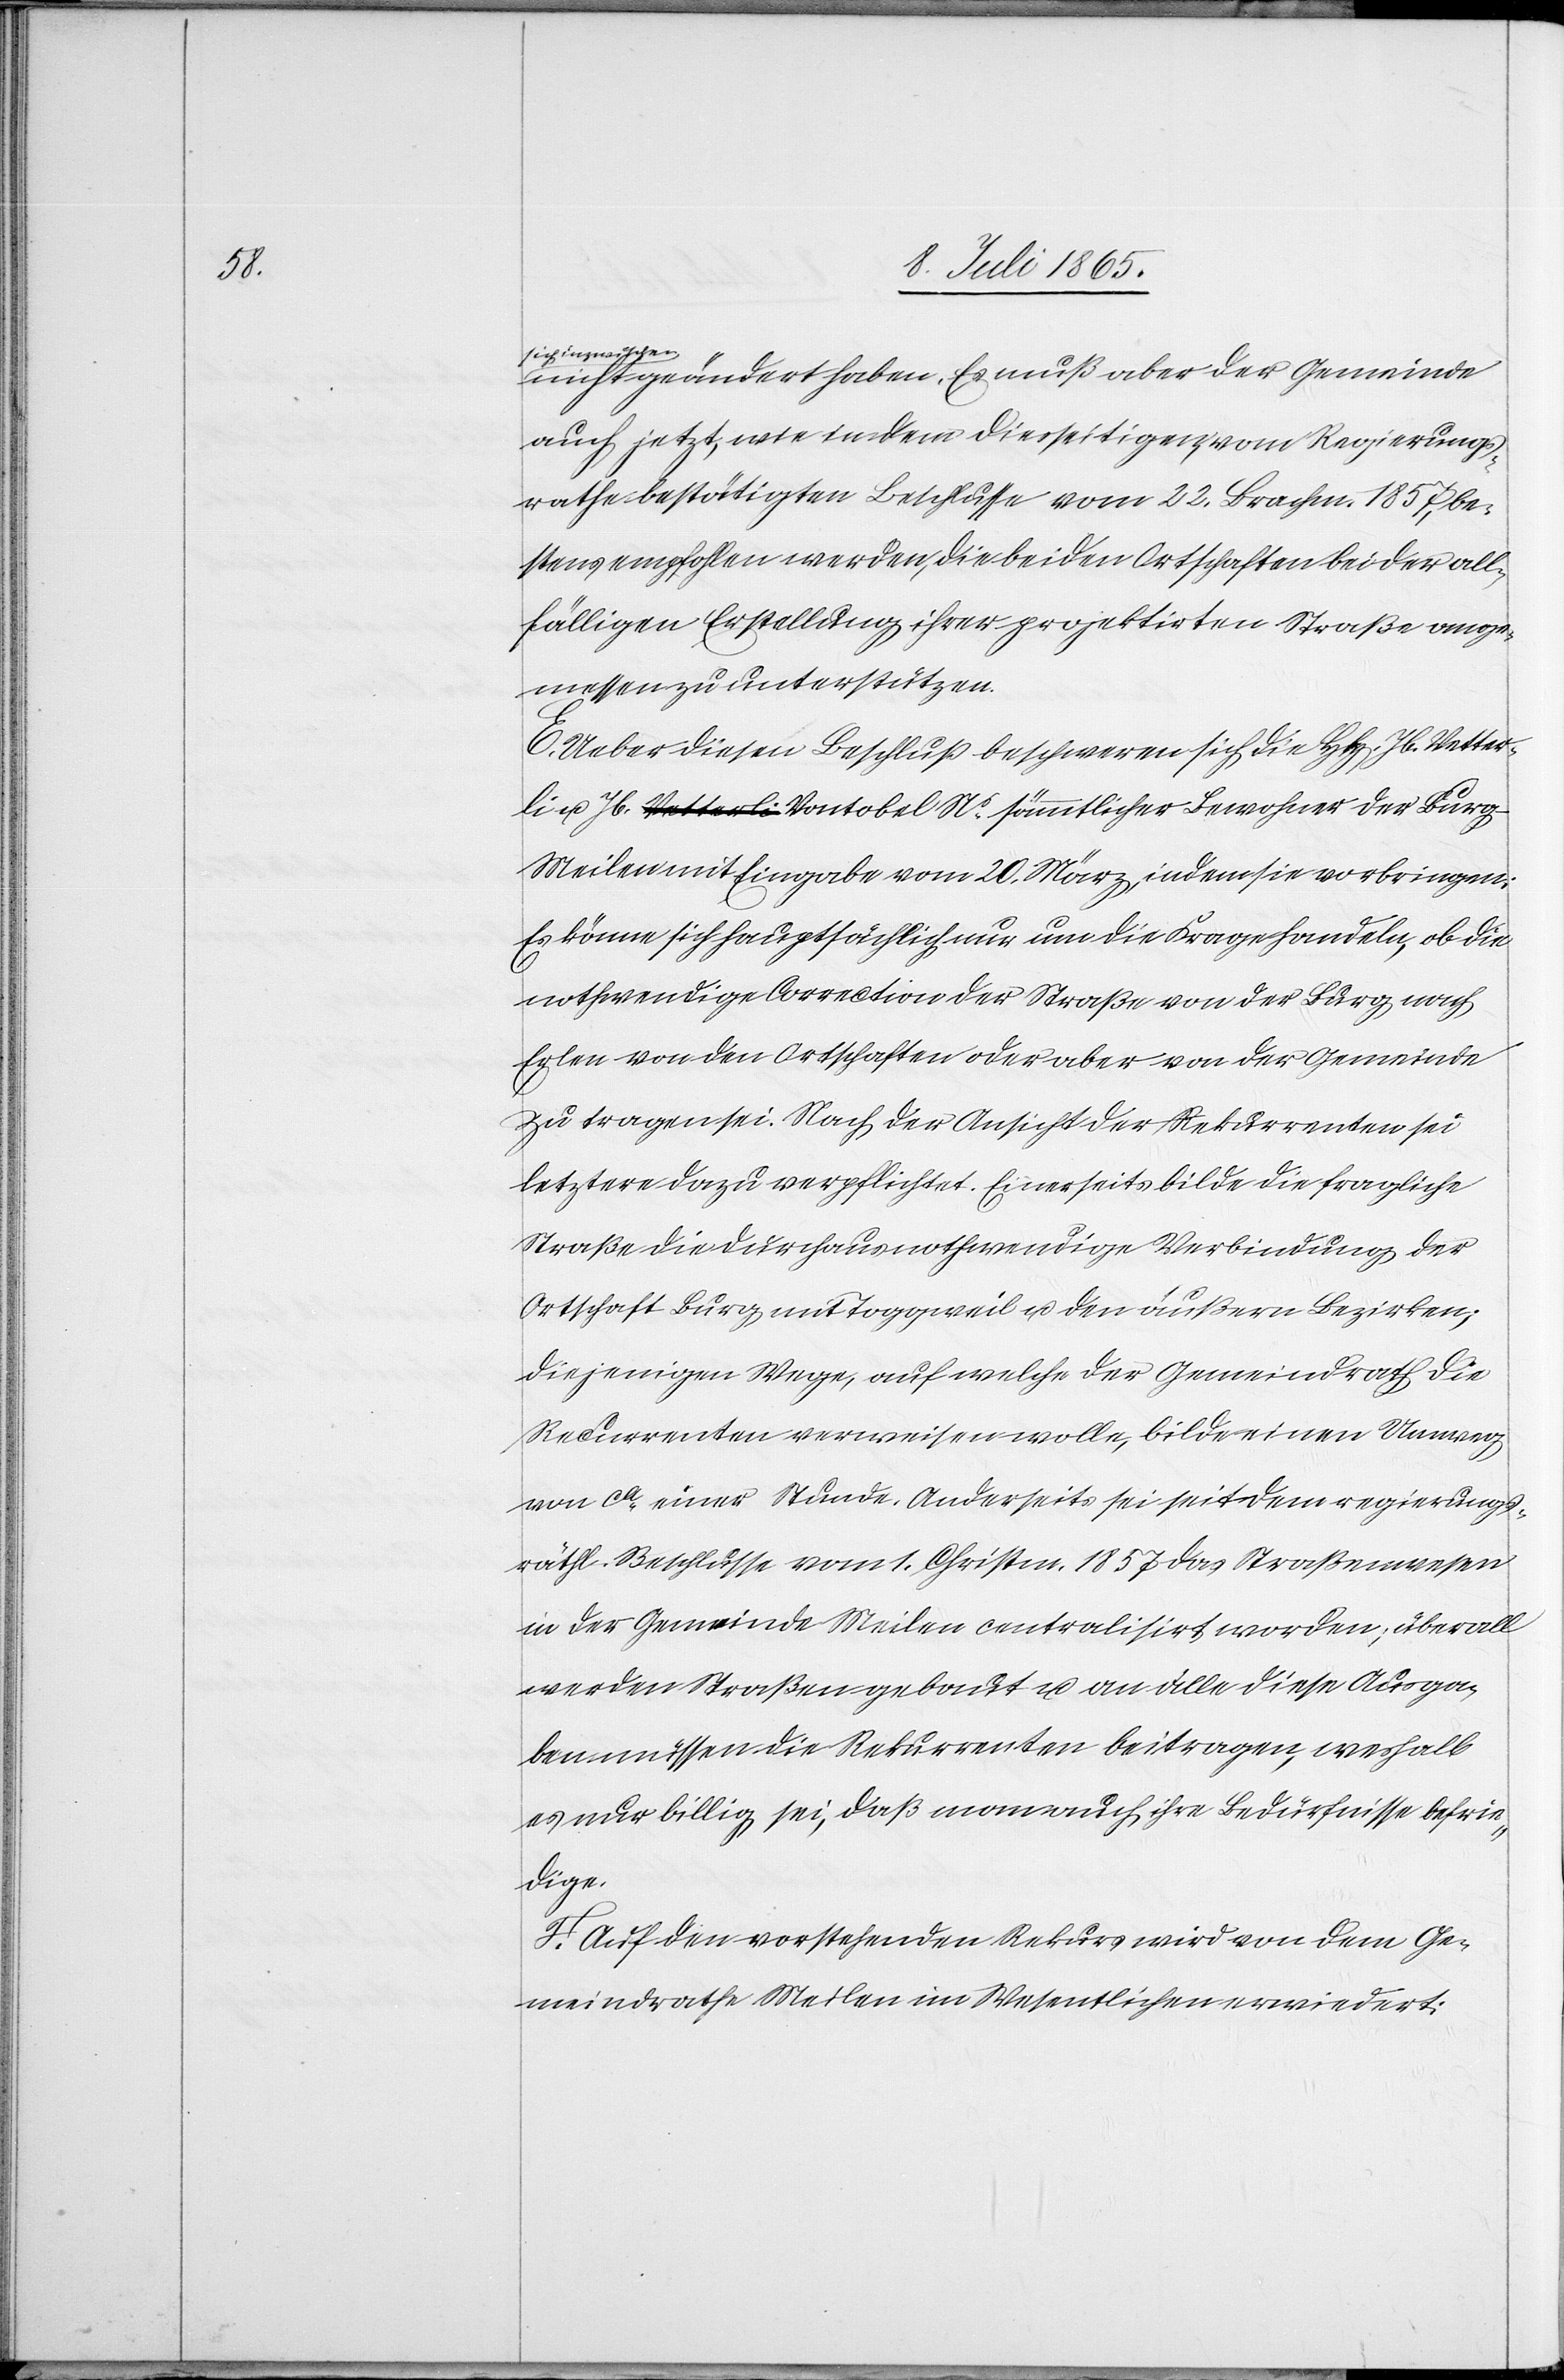
sich inzwischen
nicht geändert haben. Es muß aber der Gemeinde
auch jetzt, wie in dem diesseitigen, vom Regierungs¬
rathe bestätigten Beschlusse vom 22. Brachm. 1857, be¬
stens empfohlen werden, die beiden Ortschaften bei der all¬
fälligen Erstellung ihrer projektirten Straße ange¬
messen zu unterstützen.
E. Ueber diesen Beschluß beschweren sich die HH. Jb. Vetter¬
li u. Jb. a-Vetterli-a Vontobel Ns sämmtlicher Bewohner der Burg-M¬
eilen mit Eingabe vom 20. März, indem sie vorbringen:
Es könne sich hauptsächlich nur um die Frage handeln, ob die
nothwendige Correktion der Straße von der Burg nach
Erlen von den Ortschaften oder aber von der Gemeinde
zu tragen sei. Nach der Ansicht der Rekurrenten sei
letztere dazu verpflichtet. Einerseits bilde die fragliche
Straße die durchaus nothwendige Verbindung der
Ortschaft Burg mit Toggweil u. den äußern Bezirken;
diejenigen Wege, auf welche der Gemeindrath die
Recurrenten verweisen wolle, bilde[n] einen Umweg
von ca einer Stunde. Anderseits sei seit dem regierungs¬
räthl. Beschlusse vom 1. Christm. 1857 das Straßenwesen
in der Gemeinde Meilen centralisirt worden, überall
werden Straßen gebaut u. an alle diese Ausga¬
ben müssen die Rekurrenten beitragen, weshalb
es nur billig sei, daß man auch ihre Bedürfnisse befrie¬
dige.
F. Auf den vorstehenden Rekurs wird von dem Ge¬
meindrathe Meilen im Wesentlichen erwiedert: